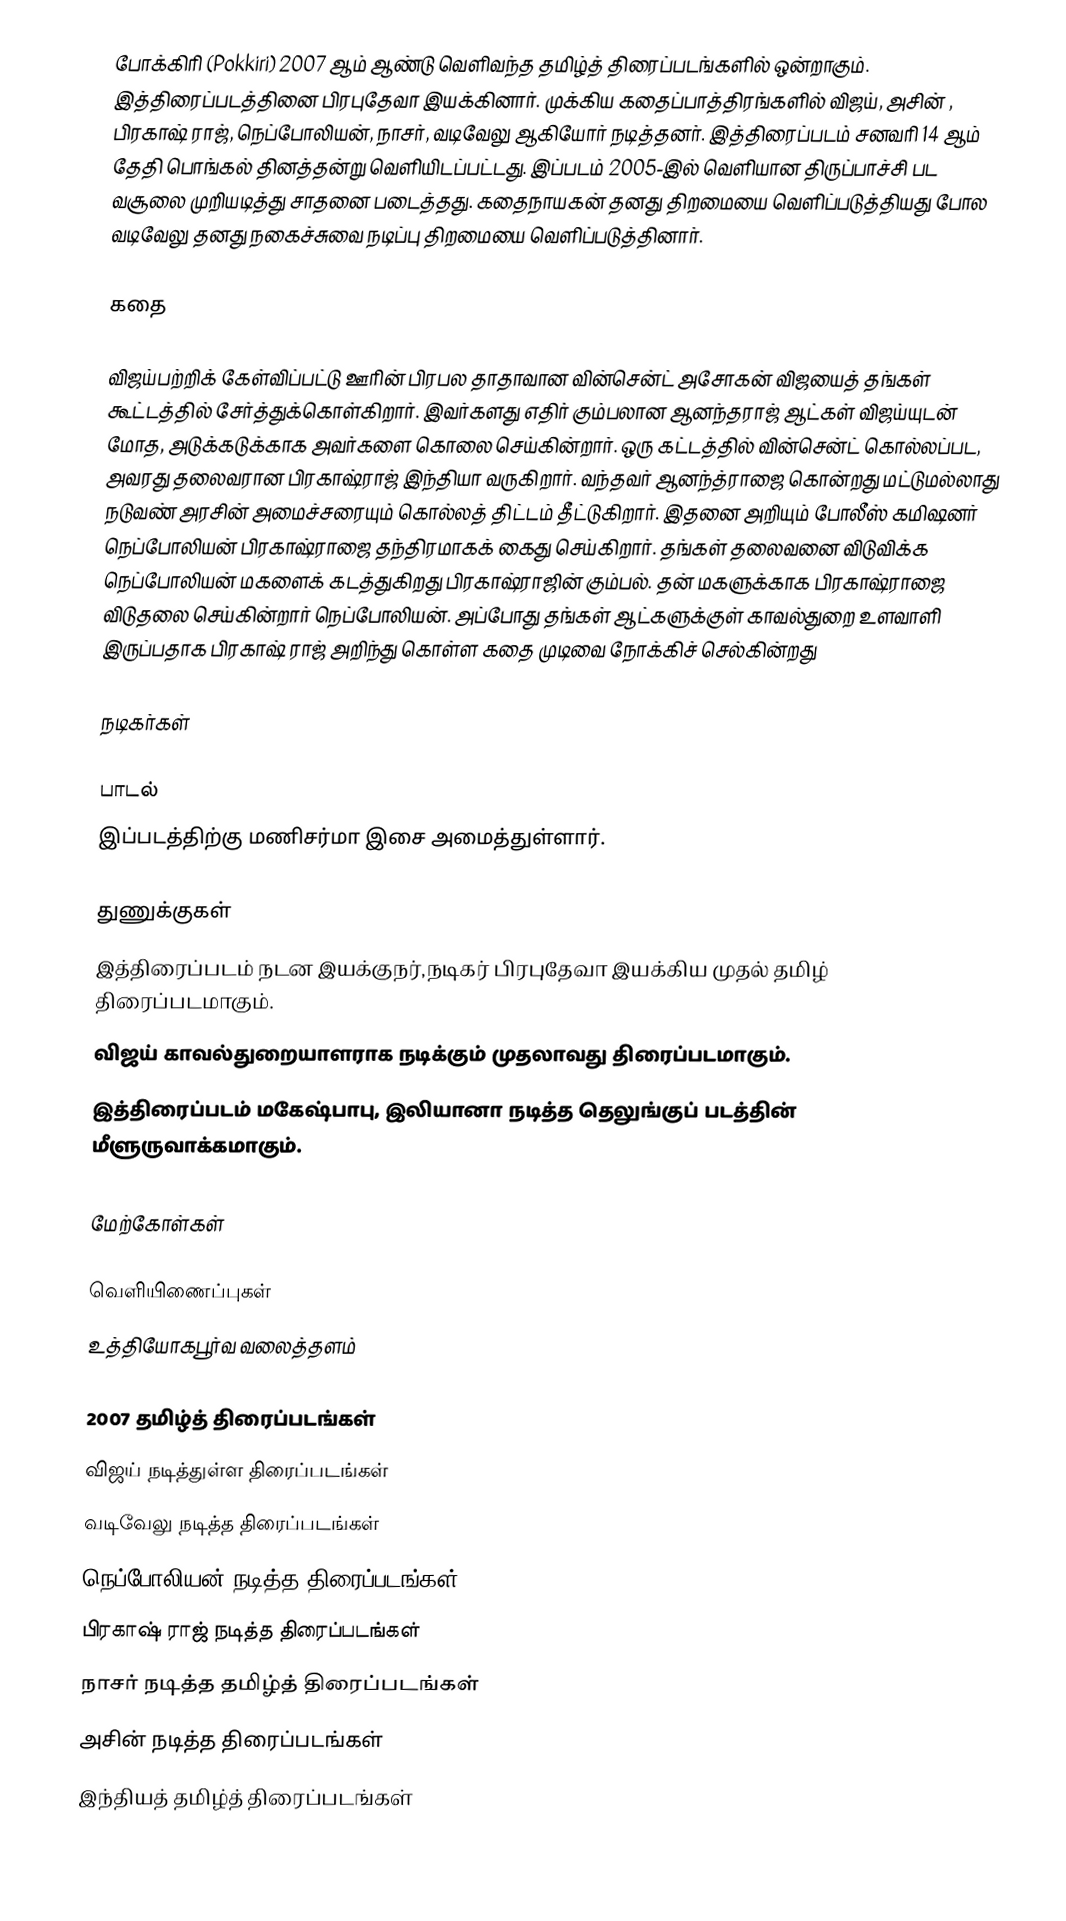
போக்கிரி (Pokkiri) 2007 ஆம் ஆண்டு வெளிவந்த தமிழ்த் திரைப்படங்களில் ஒன்றாகும். இத்திரைப்படத்தினை பிரபுதேவா இயக்கினார். முக்கிய கதைப்பாத்திரங்களில் விஜய், அசின் , பிரகாஷ் ராஜ், நெப்போலியன், நாசர், வடிவேலு ஆகியோர் நடித்தனர். இத்திரைப்படம் சனவரி 14 ஆம் தேதி பொங்கல்  தினத்தன்று வெளியிடப்பட்டது. இப்படம் 2005-இல் வெளியான திருப்பாச்சி பட வசூலை முறியடித்து சாதனை படைத்தது. கதைநாயகன் தனது திறமையை வெளிப்படுத்தியது போல வடிவேலு தனது நகைச்சுவை நடிப்பு திறமையை வெளிப்படுத்தினார்.

கதை

விஜய்பற்றிக் கேள்விப்பட்டு ஊரின் பிரபல தாதாவான வின்சென்ட் அசோகன் விஜயைத் தங்கள் கூட்டத்தில் சேர்த்துக்கொள்கிறார். இவர்களது எதிர் கும்பலான ஆனந்தராஜ் ஆட்கள் விஜய்யுடன் மோத, அடுக்கடுக்காக அவர்களை கொலை செய்கின்றார். ஒரு கட்டத்தில் வின்சென்ட் கொல்லப்பட, அவரது தலைவரான பிரகாஷ்ராஜ் இந்தியா வருகிறார். வந்தவர் ஆனந்த்ராஜை கொன்றது மட்டுமல்லாது நடுவண் அரசின் அமைச்சரையும் கொல்லத் திட்டம் தீட்டுகிறார். இதனை அறியும் போலீஸ் கமிஷனர் நெப்போலியன் பிரகாஷ்ராஜை தந்திரமாகக் கைது செய்கிறார். தங்கள் தலைவனை விடுவிக்க நெப்போலியன் மகளைக் கடத்துகிறது பிரகாஷ்ராஜின் கும்பல். தன் மகளுக்காக பிரகாஷ்ராஜை விடுதலை செய்கின்றார் நெப்போலியன். அப்போது தங்கள் ஆட்களுக்குள் காவல்துறை உளவாளி இருப்பதாக பிரகாஷ் ராஜ் அறிந்து கொள்ள கதை முடிவை நோக்கிச் செல்கின்றது

நடிகர்கள்

பாடல்
இப்படத்திற்கு மணிசர்மா இசை அமைத்துள்ளார்.

துணுக்குகள்
 இத்திரைப்படம் நடன இயக்குநர்,நடிகர் பிரபுதேவா இயக்கிய முதல் தமிழ் திரைப்படமாகும்.
 விஜய் காவல்துறையாளராக நடிக்கும் முதலாவது திரைப்படமாகும்.
 இத்திரைப்படம் மகேஷ்பாபு, இலியானா நடித்த தெலுங்குப் படத்தின் மீளுருவாக்கமாகும்.

மேற்கோள்கள்

வெளியிணைப்புகள்
 உத்தியோகபூர்வ வலைத்தளம்

2007 தமிழ்த் திரைப்படங்கள்
விஜய் நடித்துள்ள திரைப்படங்கள்
வடிவேலு நடித்த திரைப்படங்கள்
நெப்போலியன் நடித்த திரைப்படங்கள்
பிரகாஷ் ராஜ் நடித்த திரைப்படங்கள்
நாசர் நடித்த தமிழ்த் திரைப்படங்கள்
அசின் நடித்த திரைப்படங்கள்
இந்தியத் தமிழ்த் திரைப்படங்கள்